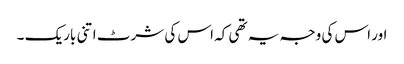
اور اس کی وجہ یہ تھی کہ اس کی شرٹ اتنی باریک ۔